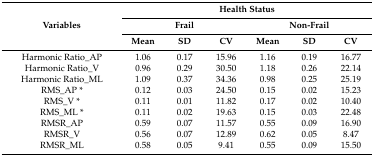
<table><thead><tr><td rowspan="3"><b>Variables</b></td><td colspan="6"><b>Health Status</b></td></tr><tr><td colspan="3"><b>Frail</b></td><td colspan="3"><b>Non-Frail</b></td></tr><tr><td><b>Mean</b></td><td><b>SD</b></td><td><b>CV</b></td><td><b>Mean</b></td><td><b>SD</b></td><td><b>CV</b></td></tr></thead><tbody><tr><td>Harmonic Ratio_AP</td><td>1.06</td><td>0.17</td><td>15.96</td><td>1.16</td><td>0.19</td><td>16.77</td></tr><tr><td>Harmonic Ratio_V</td><td>0.96</td><td>0.29</td><td>30.50</td><td>1.18</td><td>0.26</td><td>22.14</td></tr><tr><td>Harmonic Ratio_ML</td><td>1.09</td><td>0.37</td><td>34.36</td><td>0.98</td><td>0.25</td><td>25.19</td></tr><tr><td>RMS_AP *</td><td>0.12</td><td>0.03</td><td>24.50</td><td>0.15</td><td>0.02</td><td>15.23</td></tr><tr><td>RMS_V *</td><td>0.11</td><td>0.01</td><td>11.82</td><td>0.17</td><td>0.02</td><td>10.40</td></tr><tr><td>RMS_ML *</td><td>0.11</td><td>0.02</td><td>19.63</td><td>0.15</td><td>0.03</td><td>22.48</td></tr><tr><td>RMSR_AP</td><td>0.59</td><td>0.07</td><td>11.57</td><td>0.55</td><td>0.09</td><td>16.90</td></tr><tr><td>RMSR_V</td><td>0.56</td><td>0.07</td><td>12.89</td><td>0.62</td><td>0.05</td><td>8.47</td></tr><tr><td>RMSR_ML</td><td>0.58</td><td>0.05</td><td>9.41</td><td>0.55</td><td>0.09</td><td>15.50</td></tr></tbody></table>